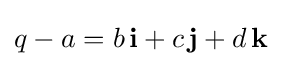
q-a=b\,\mathbf {i} +c\,\mathbf {j} +d\,\mathbf {k}